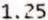
1.25